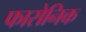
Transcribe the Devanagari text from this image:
फारोनिक